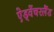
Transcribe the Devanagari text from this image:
ऐड्वेंचरलैंड